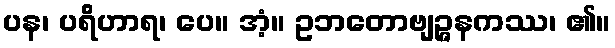
ပန၊ ပရိဟာရ၊ ပေ။ အံ့။ ဥဘတောဗျဉ္ဇနကဿ၊ ၏။